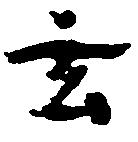
玄